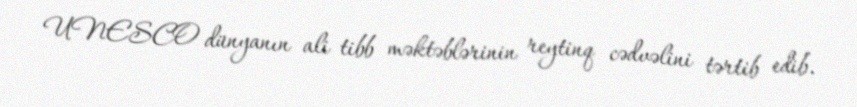
UNESCO dünyanın ali tibb məktəblərinin reytinq cədvəlini tərtib edib.